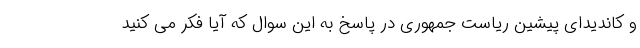
و کاندیدای پیشین ریاست جمهوری در پاسخ به این سوال که آیا فکر می کنید